Report of the Municipal Commissioner on the plague in Bombay for the year ending 31st May... - Volume 1
Disease focus: Plague
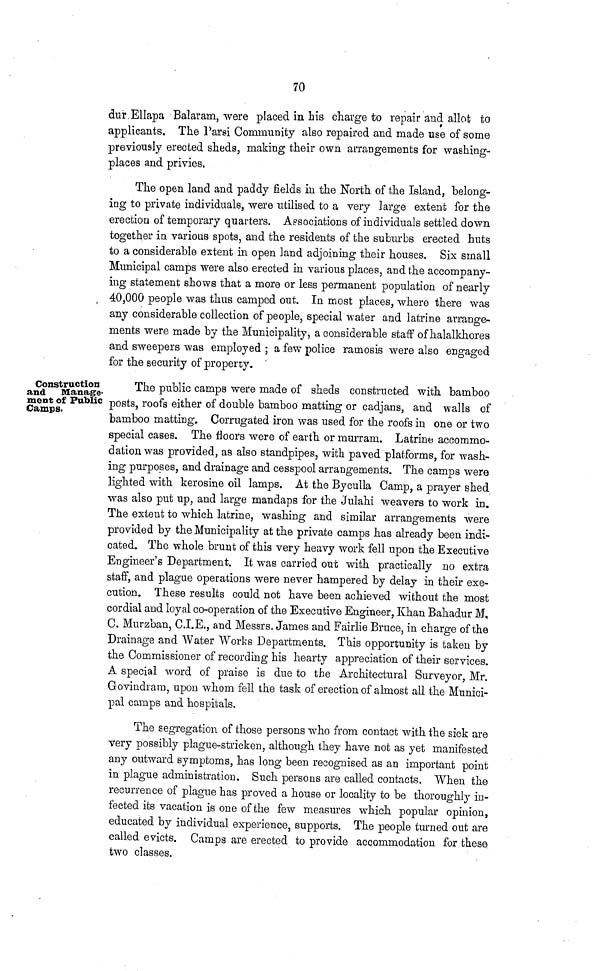
70
dur Ellapa Balaram, were placed in his charge to repair and allot to
applicants. The Parsi Community also repaired and made use of some
previously erected sheds, making their own arrangements for washing-
places and privies,
The open land and paddy fields in the North of the Island, belong-
ing to private individuals, were utilised to a very large extent for the
erection of temporary quarters. Associations of individuals settled down
together in various spots, and the residents of the suburbs erected huts
to a considerable extent in open land adjoining their houses. Six small
Municipal camps were also erected in various places, and the accompany-
ing statement shows that a more or less permanent population of nearly
40,000 people was thus camped out. In most places, where there was
any considerable collection of people, special water and latrine arrange-
ments were made by the Municipality, a considerable staff of halalkhores
and sweepers was employed ; a few police ramosis were also engaged
for the security of property.
Construction
and Manage-
ment of Public
Camps.
The public camps were made of sheds constructed with bamboo
posts, roofs either of double bamboo matting or cadjans, and walls of
bamboo matting. Corrugated iron was used for the roofs in one or two
special cases. The floors were of earth or murrain. Latrine accommo-
dation was provided, as also standpipes, with paved platforms, for wash-
ing purposes, and drainage and cesspool arrangements. The camps were
lighted with kerosine oil lamps. At the Byculla Camp, a prayer shed
was also put up, and large mandaps for the Julahi weavers to work in.
The extent to which latrine, washing and similar arrangements were
provided by the Municipality at the private camps has already been indi-
cated. The whole brunt of this very heavy work fell upon the Executive
Engineer's Department. It was carried out with practically no extra
staff, and plague operations were never hampered by delay in their exe-
cution. These results could not have been achieved without the most
cordial and loyal co-operation of the Executive Engineer, Khan Bahadur M.
C. Murzban, C.I.E., and Messrs. James and Fairlie Bruce, in charge of the
Drainage and Water Works Departments. This opportunity is taken by
the Commissioner of recording his hearty appreciation of their services.
A special word of praise is due to the Architectural Surveyor, Mr.
Govindram, upon whom fell the task of erection of almost all the Munici-
pal camps and hospitals.
The segregation of those persons who from contact with the sick are
very possibly plague-stricken, although they have not as yet manifested
any outward symptoms, has long been recognised as an important point
in plague administration. Such persons are called contacts. When the
recurrence of plague has proved a house or locality to be thoroughly in-
fected its vacation is one of the few measures which popular opinion,
educated by individual experience, supports. The people turned out are
called evicts. Camps are erected to provide accommodation for these
two classes.